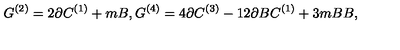
G ^ { ( 2 ) } = 2 \partial C ^ { ( 1 ) } + m B , G ^ { ( 4 ) } = 4 \partial C ^ { ( 3 ) } - 1 2 \partial B C ^ { ( 1 ) } + 3 m B B ,